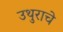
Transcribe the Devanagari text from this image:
उथुराचे